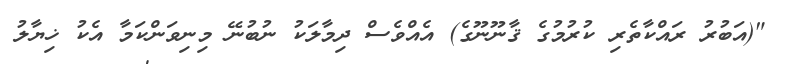
"(އަބުރު ރައްކާތެރި ކުރުމުގެ ޤާނޫނޫގެ) އެއްވެސް ދިމާލަކު ނުބުނޭ މިނިވަންކަމާ އެކު ޚިޔާލު